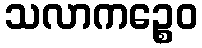
သလာကဉ္စေဝ